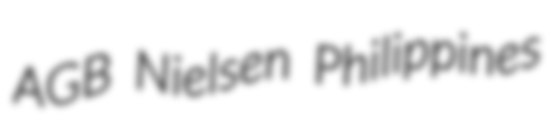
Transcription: AGB Nielsen Philippines